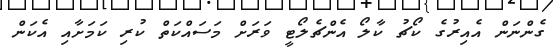
ގެންނަން އެއިރުގެ ކޯޗު ކާލޯ އެންޗެލޯޓީ ވަރަށް މަސައްކަތް ކުރި ކަމަށާއި އެކަން